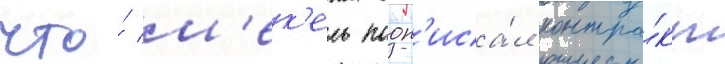
что́ м'ек'ель подп'иса́л контра́кт